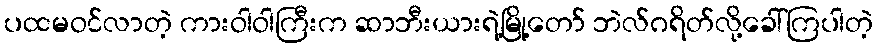
ပထမဝင်လာတဲ့ ကားဝါဝါကြီးက ဆာဘီးယားရဲ့မြို့တော် ဘဲလ်ဂရိတ်လို့ခေါ်ကြပါတဲ့